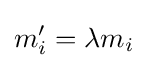
m'_{i}=\lambda m_{i}